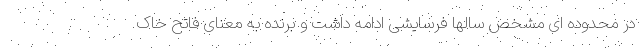
در محدوده ای مشخص سالها فرسایشی ادامه داشت و برنده به معنای فاتح خاک